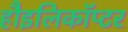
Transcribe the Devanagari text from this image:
हौइलिकॉप्टर